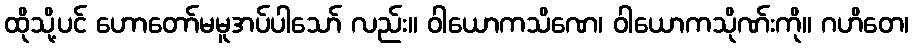
ထိုသို့ပင် ဟောတော်မမူအပ်ပါသော် လည်း။ ဝါယောကသိဏေ၊ ဝါယောကသိုဏ်းကို။ ဂဟိတေ၊